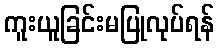
ကူးယူခြင်းမပြုလုပ်ရန်